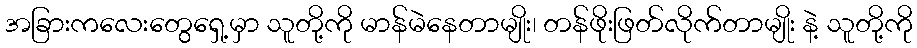
အခြားကလေးတွေရှေ့မှာ သူတို့ကို မာန်မဲနေတာမျိုး၊ တန်ဖိုးဖြတ်လိုက်တာမျိုး နဲ့ သူတို့ကို